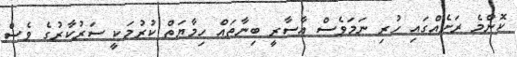
ކޮންމެ ރަށެއްގައި ހުރި ނަމަވެސް އާސާރީ ބިނާތައް ހިމާޔަތް ކުރުމަކީ ސަރުކާރުގެ ވެސް